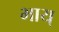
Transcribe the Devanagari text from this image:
भाय्